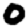
Digit: 0